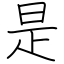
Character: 是